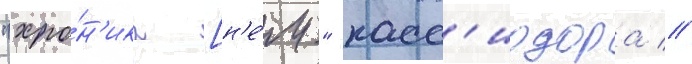
"хро́н'ика [н'е́м." касс'иодора //